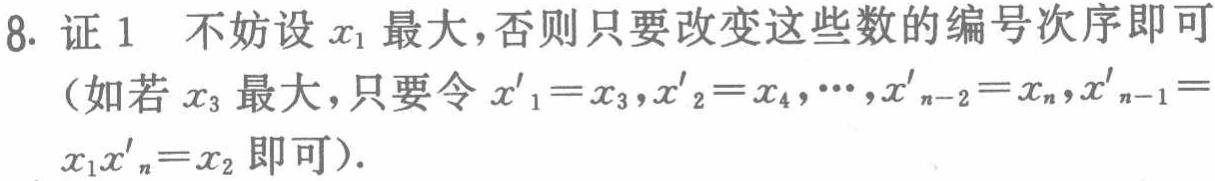
8. 证 1 不妨设 \(x_1\) 最大,否则只要改变这些数的编号次序即可

（如若 \(x_3\) 最大，只要令 \(x'_1 = x_3,x'_2 = x_4,\cdots,x'_{n - 2}=x_n,x'_{n - 1}=\)

\(x_1x'_n = x_2\) 即可）.